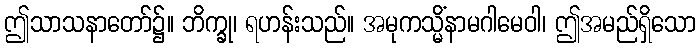
ဤသာသနာတော်၌။ ဘိက္ခု၊ ရဟန်းသည်။ အမုကသ္မိံနာမဂါမေဝါ၊ ဤအမည်ရှိသော